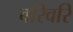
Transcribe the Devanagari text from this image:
वरिवरि